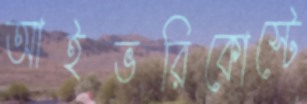
আইভরিকোস্টে